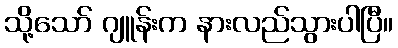
သို့သော် ဂျူန်းက နားလည်သွားပါပြီ။